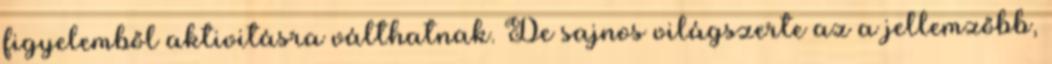
figyelemből aktivitásra válthatnak. De sajnos világszerte az a jellemzőbb,